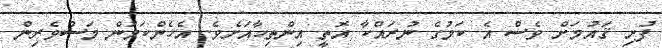
ފުށި ޤައުމަށް ވެސް އެ ކަމުގެ ނުރައްކާ އޮތީ އިންތިހާއަށެވެ. އެހެންކަމުން މަސްވެރިން